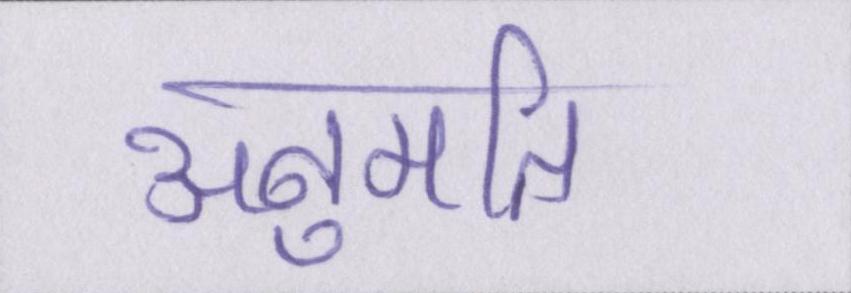
अनुमति